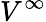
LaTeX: V^{\infty}